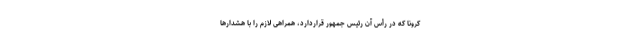
کرونا که در رأس آن رئیس جمهور قراردارد، همراهی لازم را با هشدارها